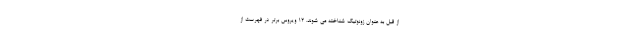
از قبل به عنوان زونوتیک شناخته می شوند. 12 ویروس برتر در فهرست از